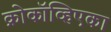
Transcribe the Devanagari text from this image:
क्रोकॉव्हिएका